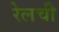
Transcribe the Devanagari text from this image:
रेलची